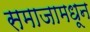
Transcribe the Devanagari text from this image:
समाजामधून